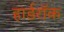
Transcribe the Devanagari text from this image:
हार्डरॉक